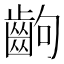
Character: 齣